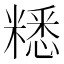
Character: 䊝